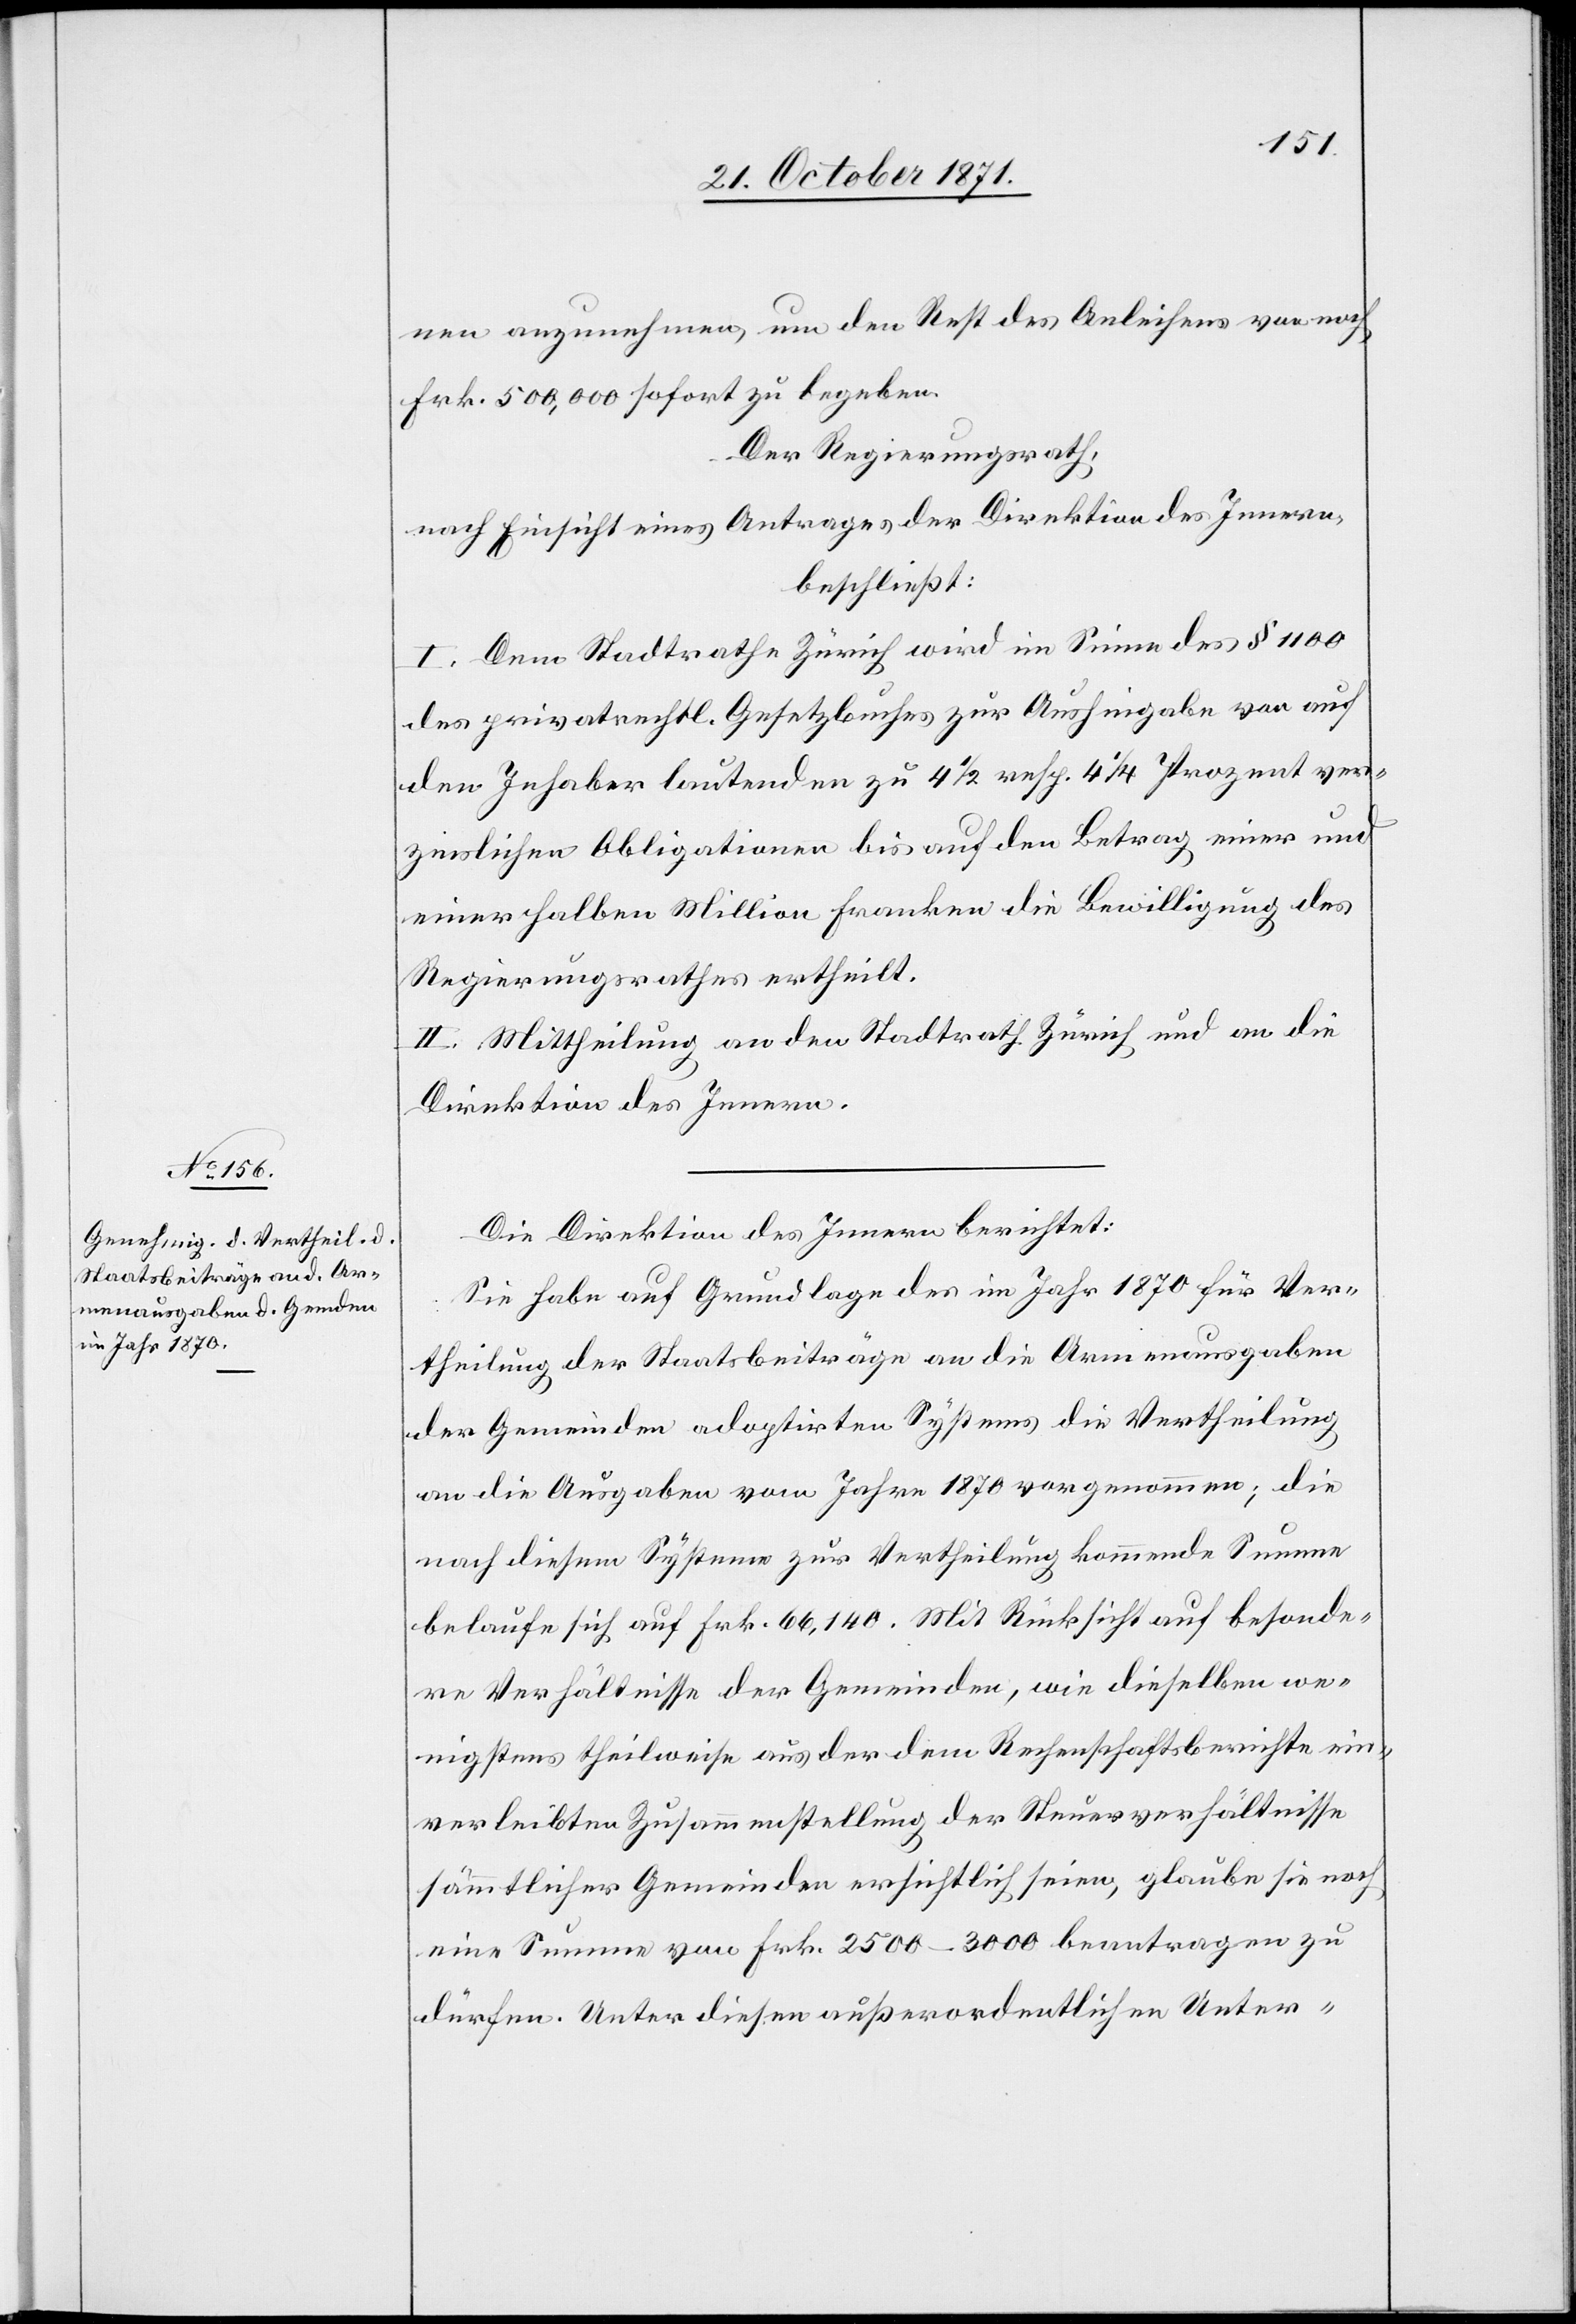
nen anzunehmen, um den Rest des Anleihens von noch
Frk. 500,000 sofort zu begeben.
Der Regierungsrath,
nach Einsicht eines Antrages der Direktion des Innern,
beschließt:
I. Dem Stadtrathe Zürich wird im Sinne des § 1100
des privatrechtl. Gesetzbuches zur Aushingabe von auf
den Inhaber lautenden zu 4 1/2 resp. 4 1/4 Prozent ver¬
zinslichen Obligationen bis auf den Betrag einer und
einer halben Million Franken die Bewilligung des
Regierungsrathes ertheilt.
II. Mittheilung an den Stadtrath Zürich und an die
Direktion des Innern.
Die Direktion des Innern berichtet:
Sie habe auf Grundlage des im Jahr 1870 für Ver¬
theilung der Staatsbeiträge an die Armenausgaben
der Gemeinden adoptirten Systems die Vertheilung
an die Ausgaben vom Jahr 1870 vorgenommen; die
nach diesem System zur Vertheilung kommende[n] Summen
belaufen sich auf Frk. 66,140. Mit Rücksicht auf besonde¬
re Verhältnisse der Gemeinden, wie dieselben we¬
nigstens theilweise aus der dem Rechenschaftsberichte ein¬
verleibten Zusammenstellung der Steuerverhältnisse
sämmtlicher Gemeinden ersichtlich seien, glaube sie noch
eine Summe von Frk. 2500–3000 beantragen zu
dürfen. Unter diesen außerordentlichen Unter-